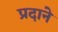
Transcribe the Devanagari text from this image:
प्रदाने